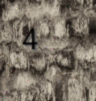
4